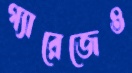
গ্যারেজেও